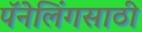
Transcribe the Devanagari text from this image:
पॅनेलिंगसाठी